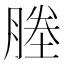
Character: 塍